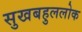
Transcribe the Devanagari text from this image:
सुखबहुललोक